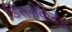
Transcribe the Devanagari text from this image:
डिस्लोकेटेड